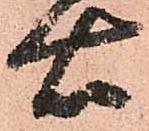
右